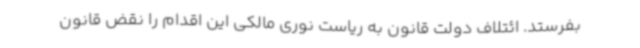
بفرستد. ائتلاف دولت قانون به ریاست نوری مالکی این اقدام را نقض قانون